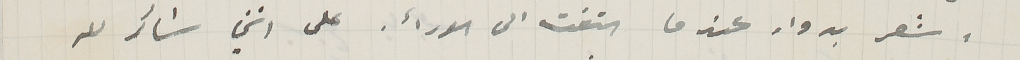
اشعر بدوار عندما التفت الى الورأ. على انني شاكر لله